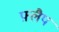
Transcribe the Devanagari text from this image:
फ़्लैप